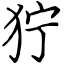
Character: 狞